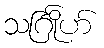
သင်္ဂြိုဟ်